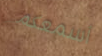
أسمعكم